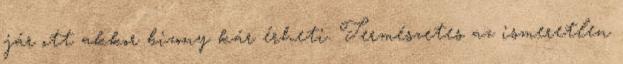
jár ott akkor bizony kár érheti. Természetes az ismeretlen